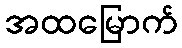
အထမြောက်